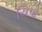
ચિપો